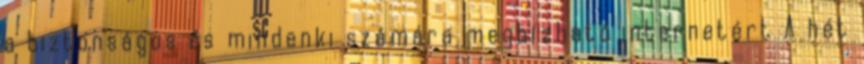
a biztonságos és mindenki számára megbízható internetért A hét